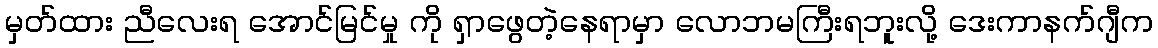
မှတ်ထား ညီလေးရ အောင်မြင်မှု ကို ရှာဖွေတဲ့နေရာမှာ လောဘမကြီးရဘူးလို့ ဒေးကာနက်ဂျီက